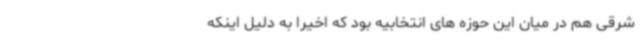
شرقی هم در میان این حوزه های انتخابیه بود که اخیرا به دلیل اینکه